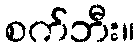
စက်ဘီး။